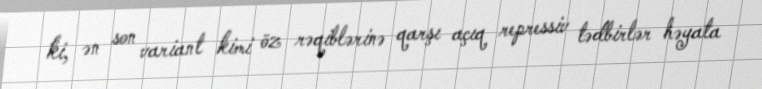
ki, ən son variant kimi öz rəqiblərinə qarşı açıq repressiv tədbirlər həyata